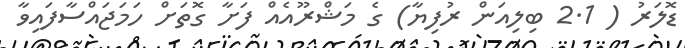
ޑޮލަރު ( 2.1 ބިލިއަން ރުފިޔާ) ގެ މަޝްރޫއެއް ފަށާ ގޮތަށް ހަމަޖައްސާފައިވާ